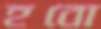
হবো